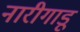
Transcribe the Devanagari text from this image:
नारीगाडू